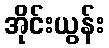
အိုင်းယွန်း